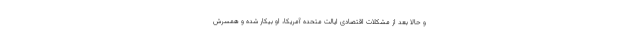
و حالا بعد از مشکلات اقتصادی ایالت متحده آمریکا، او بیکار شده و همسرش